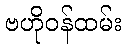
ဗဟိုဝန်ထမ်း